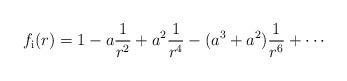
LaTeX: \begin{align*}f_{\rm{i}}(r)=\displaystyle{1-a\frac{1}{r^{2}}+a^{2}\frac{1}{r^{4}}-(a^{3}+a^{2})\frac{1}{r^{6}}+\cdots}\end{align*}